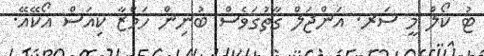
ޓު ކޯލް މީ ސަރ. އަންޖަލް ގާތުގަވެސް ބުނިން ހަމްޒާ ކިއަސް އޯކޭއޭ.